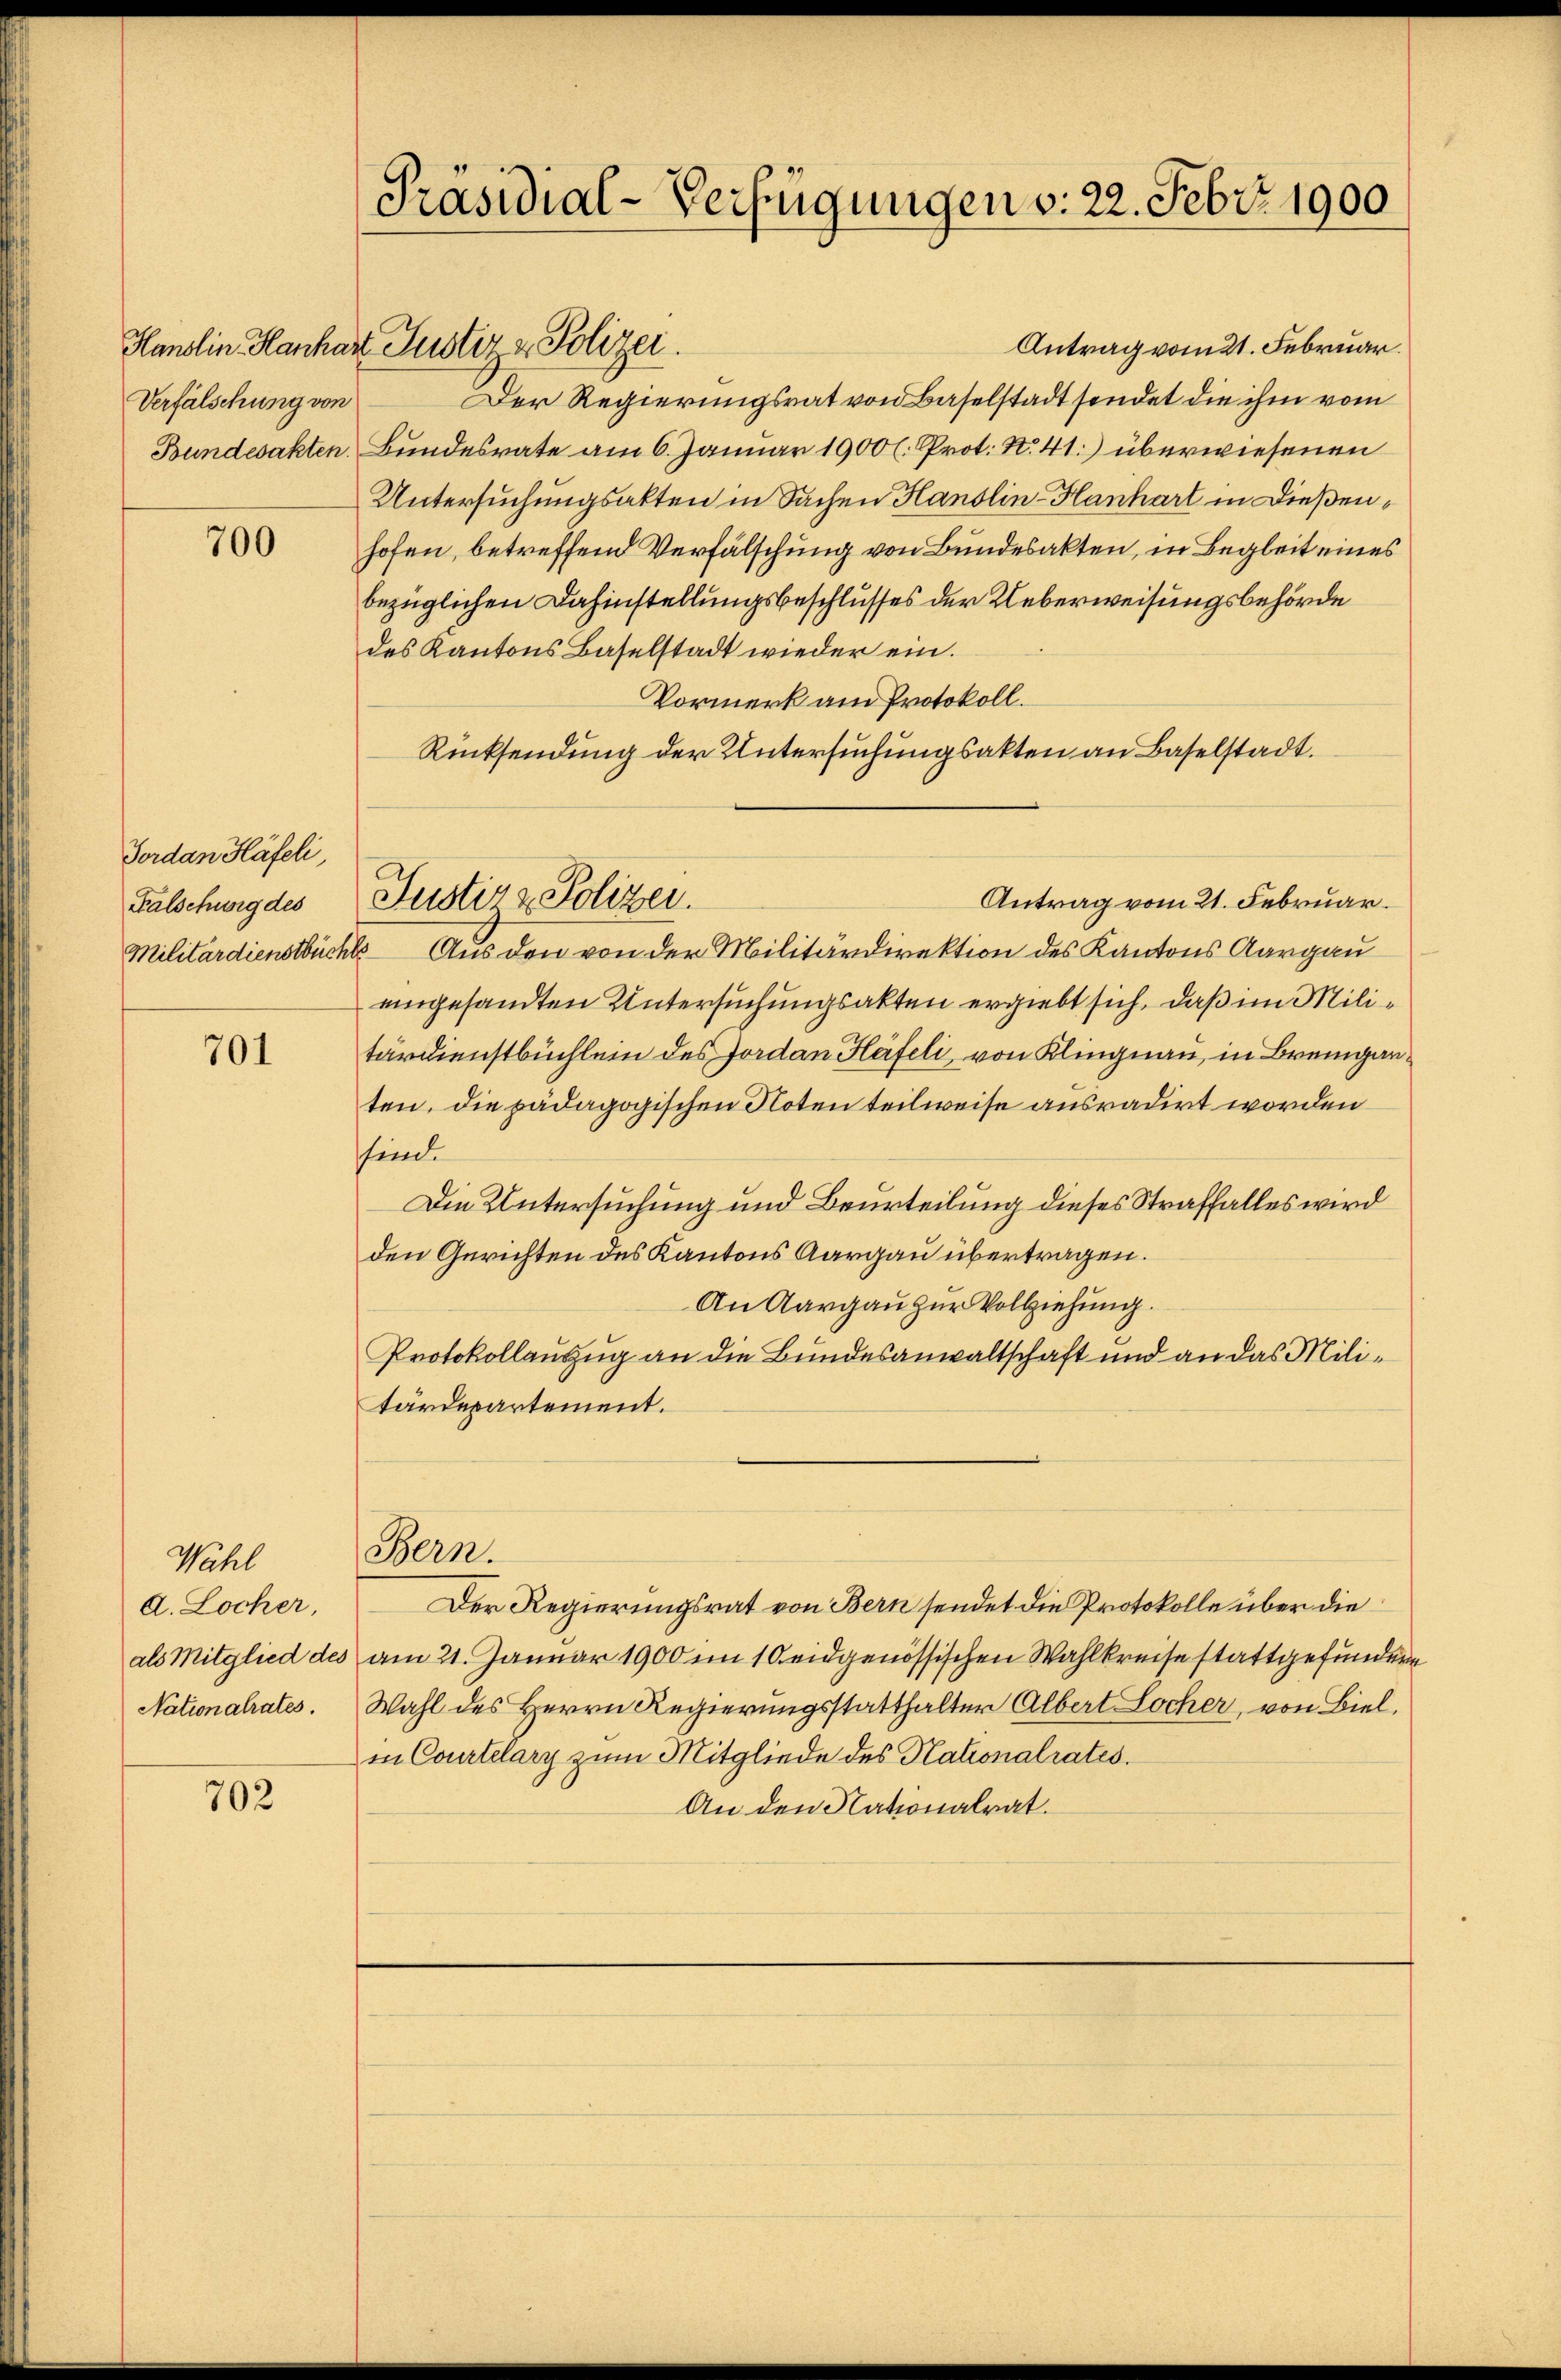
Verfälschung von
Bundesakten.

700

Jordan Häfeli,
Falschung des
Militärdienstbüche

701

Wähl
d. Locher,
als Mitglied des
Nationalrates.

702

Präsidial-Verfügungen v. 22. Febr. 1900

Antrag vom 21. Februar.
Der Regierungsrat von Baselstadt sendet die ihm vom
Bundesrate am 6. Januar 1900 l. Prot. N. 41) überwiesenen
Untersuchungsakten in Sachen Hanslin-Hanhart in Dießenhofen, betreffend Verfälschung von Bundesakten, in Begleit eines
bezüglichen Dahinstellungsbeschlusses der Ueberweisungsbehörde
des Kantons Baselstadt wieder ein.
Vormerk am Protokoll.
Rücksendung der Untersuchungsakten an Baselstadt.
Justiz & Polizei.
Antrag vom 21. Februar.
Aus den von der Militärdirektion des Kantons Aargau
eingesandten Untersuchungsakten ergiebt sich, daß im Militärdienstbüchlein des Jordan Häfeli, von Klingnau, in Bremganten, die pädagogischen Noten teilweise ausradirt worden
finde
Die Untersuchung und Beurteilung dieses Straffalles wird
den Gerichten des Kantons Aargau übertragen.
An Aargau zur Vollziehung.
Protokollauszug an die Bundesanwaltschaft und an das Militärdepartement.

Hanslin Hanhart Justiz & Polizei.

Bern.

Der Regierungsrat von Bern sendet die Protokolle über die
am 21. Januar 1900 im 10 eidgenössischen Wahlkreise stattgefunden
Wahl des Herrn Regierungsstatthalter Albert Locher, von Biel,
in Courtelary zum Mitgliede des Kationalrates.
An den Nationalrat.

f